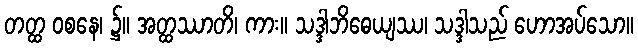
တတ္ထ ဝစနေ၊ ၌။ အတ္ထဿာတိ၊ ကား။ သဒ္ဒါဘိဓေယျဿ၊ သဒ္ဒါသည် ဟောအပ်သော။